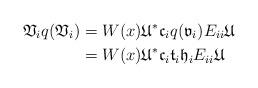
LaTeX: \begin{align*}\mathfrak V_iq(\mathfrak V_i) & = W(x)\mathfrak U^*\mathfrak c_iq(\mathfrak v_i)E_{ii}\mathfrak U\\ & = W(x)\mathfrak U^*\mathfrak c_i\mathfrak t_i\mathfrak h_iE_{ii}\mathfrak U\end{align*}